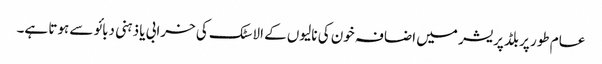
عام طور پر بلڈپریشر میں اضافہ خون کی نالیوں کے الاسٹک کی خرابی یا ذہنی دبائو سے ہوتا ہے۔